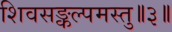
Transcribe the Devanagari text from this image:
शिवसङ्कल्पमस्तु॥३॥